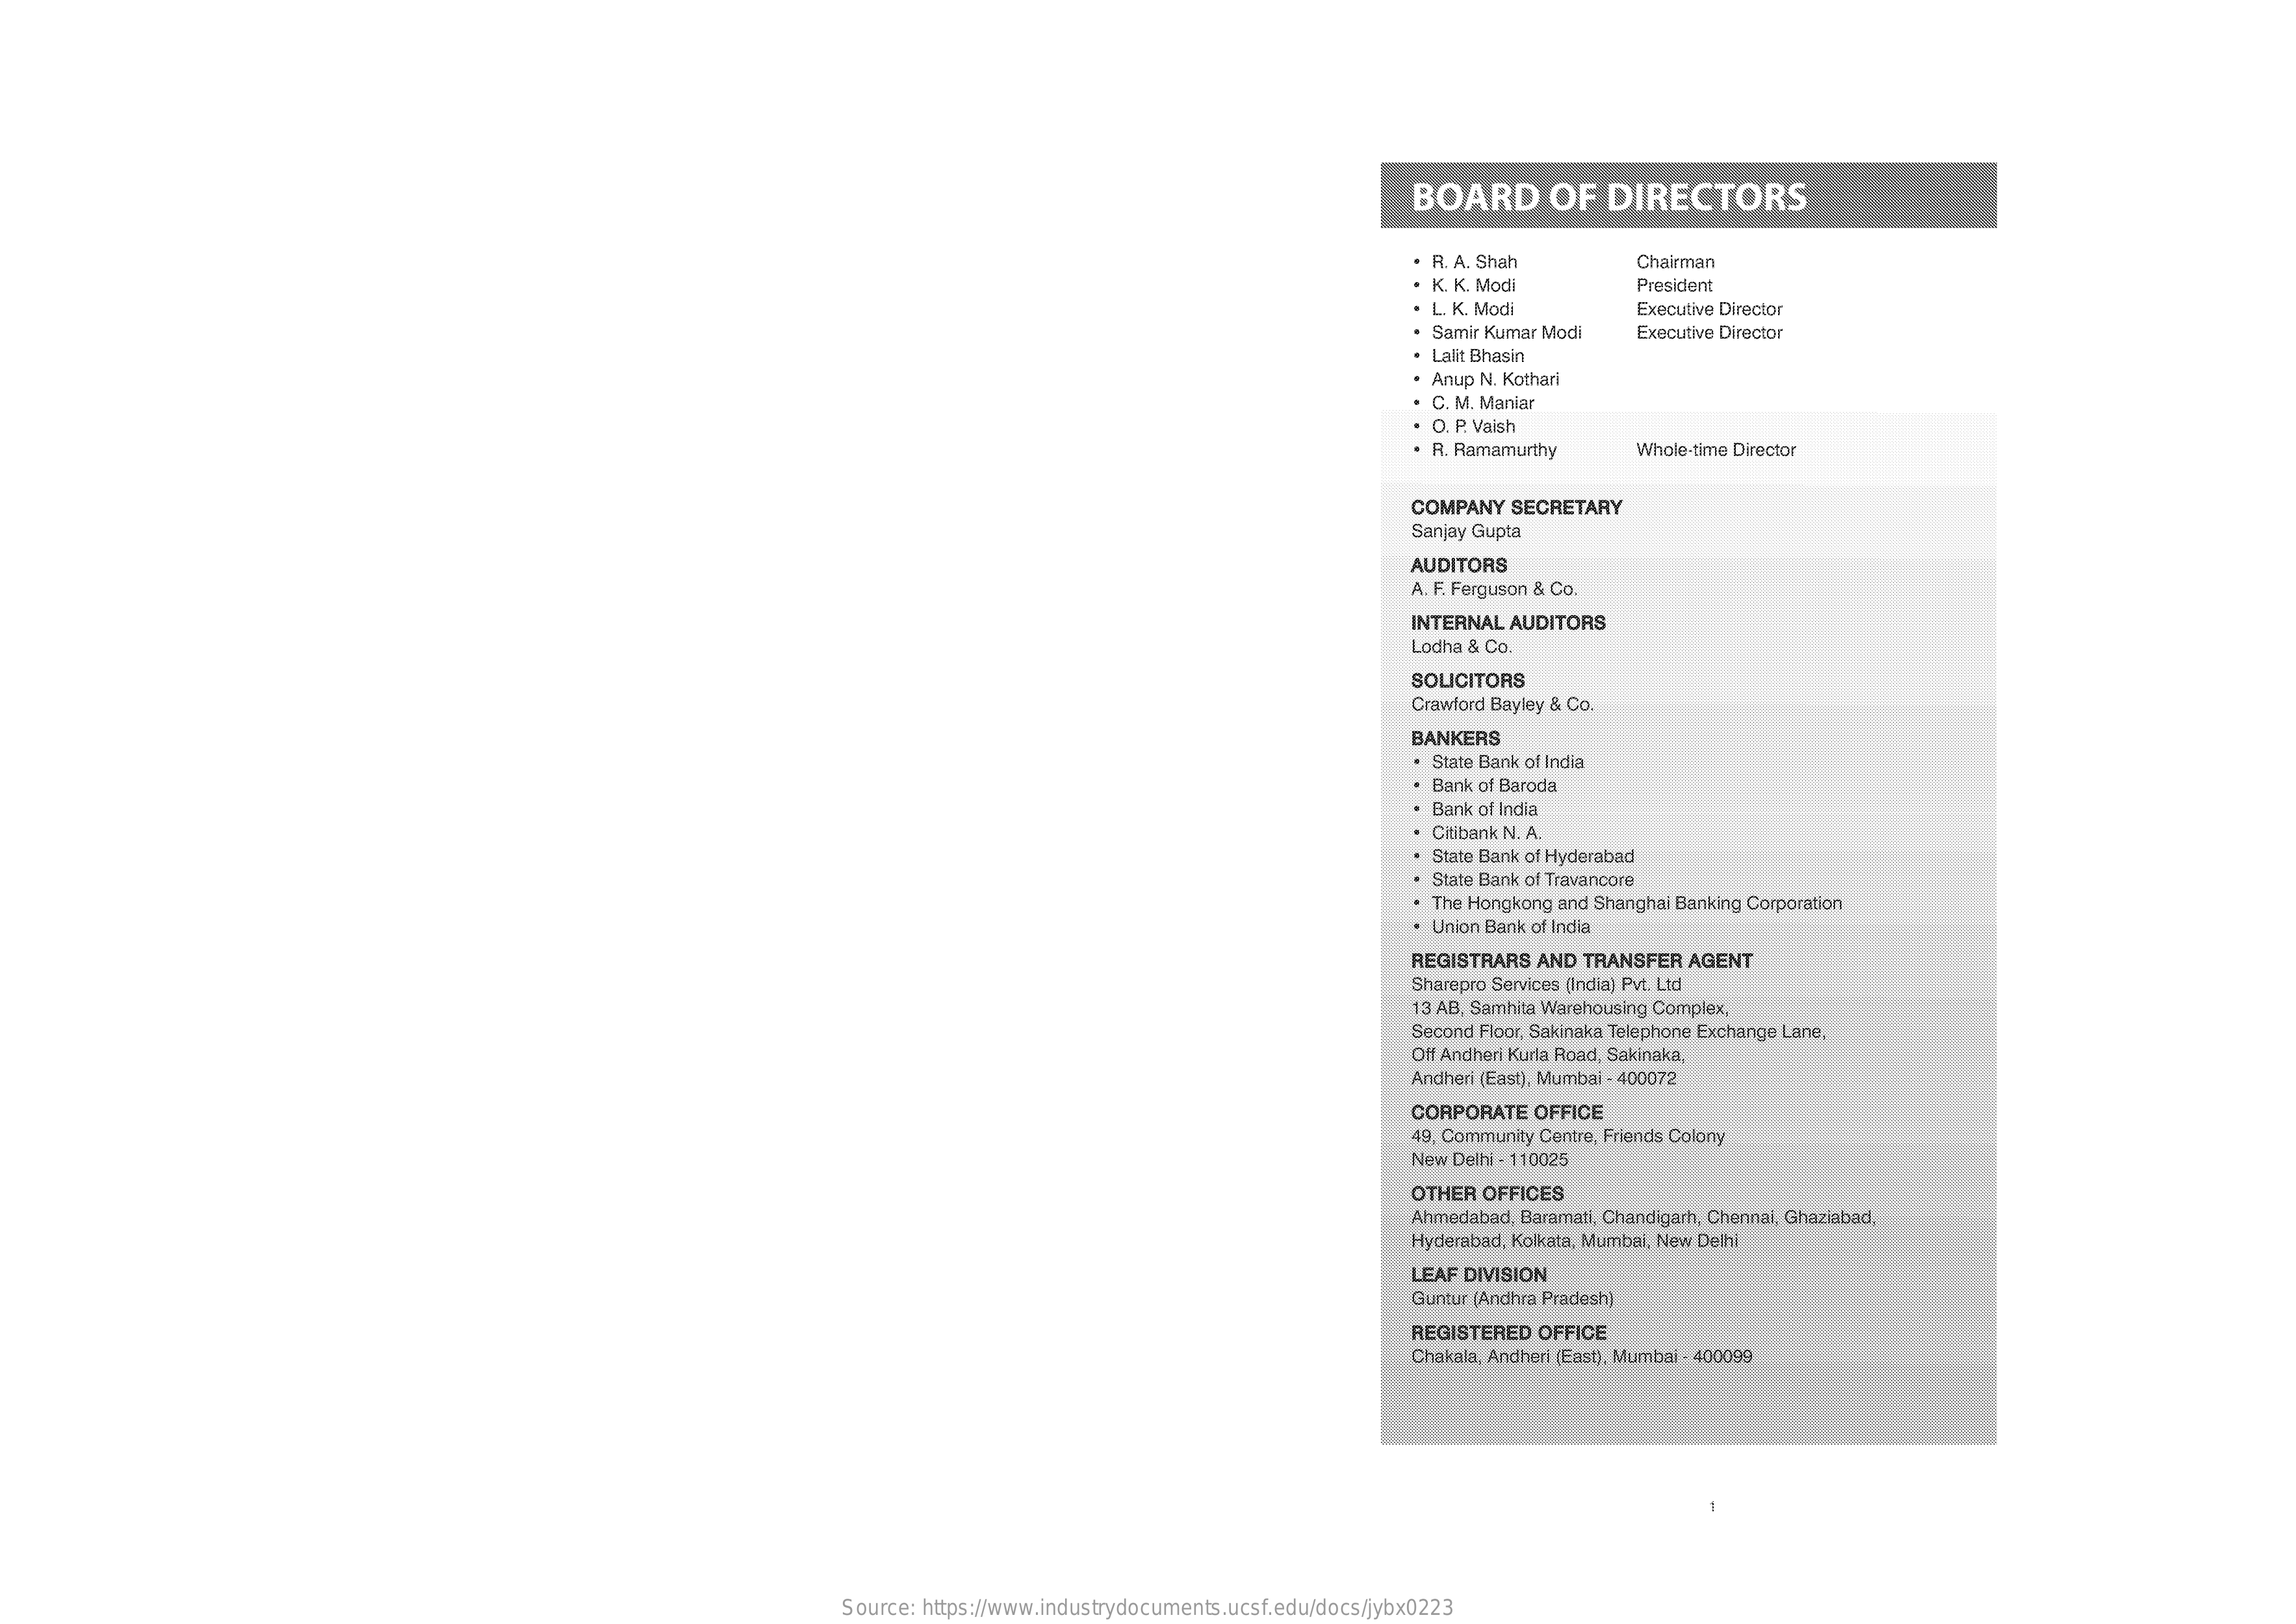
BOARD    OF    DIRECTORS
     R. A. Shah    Chairman
     K. K. Modi    President
     L. K. Modi    Executive Director
     Samir Kumar Modi   Executive Director
     Lalit Bhasin
     Anup N. Kothari
     C. M. Maniar
     O. P. Vaish
     R. Ramamurthy    Whole-time Director
     COMPANY   SECRETARY
     Sanjay Gupta
     AUDITORS
     A. F. Ferguson & Co.
     INTERNAL  AUDITORS
     Lodha & Co.
     SOLICITORS
     Crawford Bayley & Co.
     BANKERS
     State Bank of India
     Bank of Baroda
     Bank of India
     Citibank N. A.
     State Bank of Hyderabad
     State Bank of Travancore
     The Hongkong and Shanghai Banking Corporation
     Union Bank of India
     REGISTRARS AND  TRANSFER  AGENT
     Sharepro Services (India) Pvt. Ltd
     13 AB. Samhita Warehousing Complex,
     Second Floor, Sakinaka Telephone Exchange Lane,
     Off Andheri Kurla Road, Sakinaka,
     Andheri (East), Mumbai - 400072
     CORPORATE  OFFICE
     49, Community Centre. Friends Colony
     New Delhi - 110025
     OTHER OFFICES
     Ahmedabad. Baramati, Chandigarh, Chennai, Ghaziabad,
     Hyderabad, Kolkata, Mumbai, New Delhi
     LEAF DIVISION
     Guntur (Andhra Pradesh]
     REGISTERED OFFICE
     Chakala, Andheri (East), Mumbai - 400099
     Source: https://www.industrydocuments.ucsf.edu/docs/jybx0223